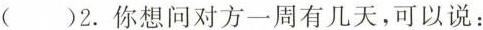
（）2.你想问对方一周有几天,可以说: